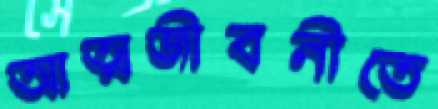
আত্মজীবনীতে